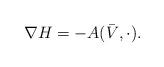
LaTeX: \begin{align*}\nabla H=-A(\bar{V},\cdot).\end{align*}